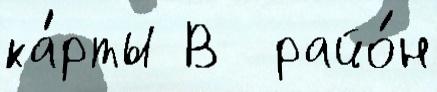
ка́рты В  райо́н